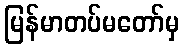
မြန်မာတပ်မတော်မှ